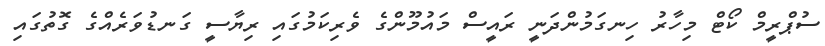
ސުޕްރީމް ކޯޓް މިހާރު ހިނގަމުންދަނީ ރައީސް މައުމޫންގެ ވެރިކަމުގައި ރިޔާސީ ގަނޑުވަރެއްގެ ގޮތުގައި